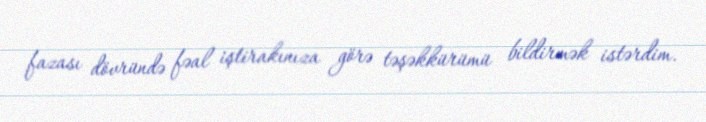
fazası dövründə fəal iştirakınıza görə təşəkkürümü bildirmək istərdim.